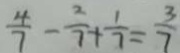
\frac { 4 } { 7 } - \frac { 2 } { 7 } + \frac { 1 } { 7 } = \frac { 3 } { 7 }